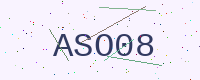
Text: ASO08